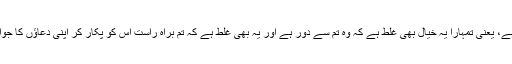
دوسرے یہ کہ وہ مجیب ہے، یعنی تمہارا یہ خیال بھی غلط ہے کہ وہ تم سے دور ہے اور یہ بھی غلط ہے کہ تم براہ راست اس کو پکار کر اپنی دعاؤں کا جواب حاصل نہیں کرسکتے۔